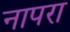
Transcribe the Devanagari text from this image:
नापरा